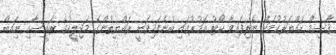
ޤާސިމް ހައްޔަރުކުމަށް ނެރިފައިވާ ކޯޓު އަމުރުގައި ބުނެފައިވަނީ ރައްޔިތުންގެ މަޖިލީހުގެ ރައީސާއި ނަިއބް